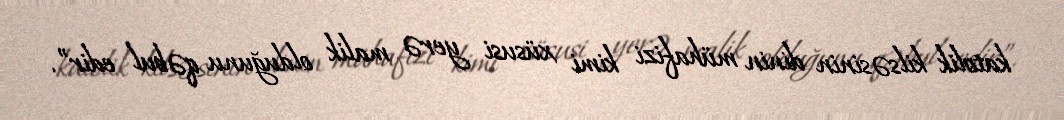
katolik kilsəsinin dinin mühafizi kimi xüsusi yerə malik olduğunu qəbul edir”.